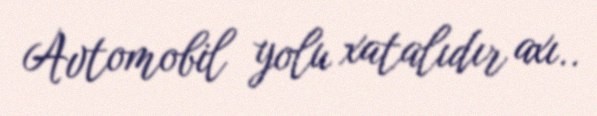
Avtomobil yolu xatalıdır axı..